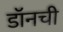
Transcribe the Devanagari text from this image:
डॉनची